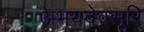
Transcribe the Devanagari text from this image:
अभयदेवसूरि